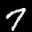
Label: 7